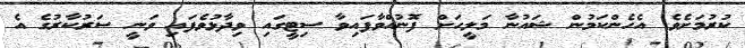
ކުރުމަށެވެ. އެހެންކަމުން ޝައުނާ މަލީހަށް ފޮނުއްވާފައިވާ ސިޓީގައި ވިދާޅުވެފައި ވަނީ ސަރުކާރުގެ އެ